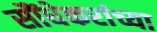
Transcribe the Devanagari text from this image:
सौंधेकरांच्या